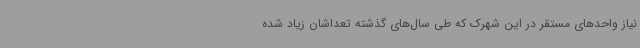
نیاز واحدهای مستقر در این شهرک که طی سال‌های گذشته تعداشان زیاد شده